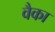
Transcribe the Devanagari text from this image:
वैका